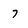
Character: 7